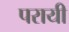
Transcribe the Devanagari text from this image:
परायी